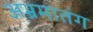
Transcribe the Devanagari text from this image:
अभ्रमातंग